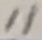
Text: 11